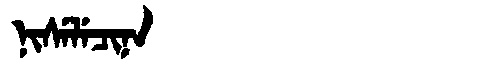
Manchu: ᠨᡳᠰᡝᠯᡝᠴᡳᠨᠠ
Romanization: NISELECINA